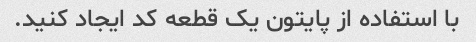
با استفاده از پایتون یک قطعه کد ایجاد کنید.